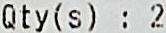
QTY(S) : 2